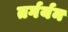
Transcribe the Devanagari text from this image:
तर्गर्यन